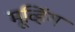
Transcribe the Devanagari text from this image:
मूव्हिंग